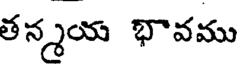
తన్మయ భావము